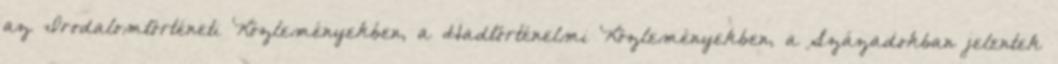
az Irodalomtörténeti Közleményekben, a Hadtörténelmi Közleményekben, a Századokban jelentek